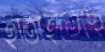
হাতাইতেছে